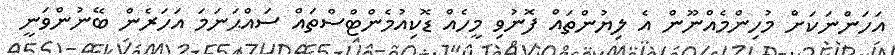
އަހަންނަކަށް މުހިންމެއްނޫން އެ ލިޔުންތައް ފޮނުވި މީހެއް ޑޮކިއުމެންޓްސްތައް ސައްޙަނަމަ އަހަރެން ބޭނުންވަނީ